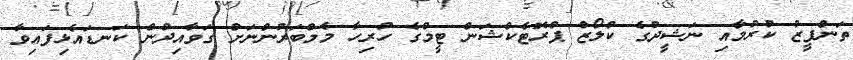
ތަންފީޒު ކުރުމާއި ނަޝީދުގެ ކްލޯޒް ޕްރޮޓެކްޝަން ޓީމްގެ ހުރިހާ މެމްބަރުންނަށް ގަވާއިދުން ކަނޑައެޅިފައިވާ